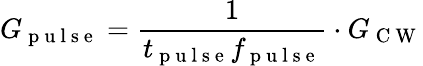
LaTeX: G_{\mathrm{~p~u~l~s~e~}}=\frac{1}{t_{\mathrm{~p~u~l~s~e~}}f_{\mathrm{~p~u~l~s~e~}}}\cdot G_{\mathrm{~C~W~}}